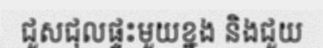
ជួសជុលផ្ទះមួយខ្នង និងជួយ